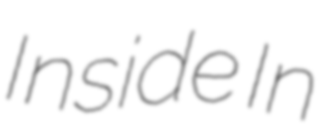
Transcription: Inside In